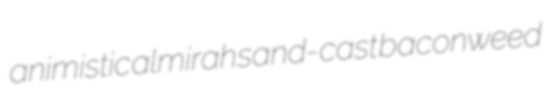
animistic almirah sand-cast baconweed